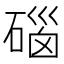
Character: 碯